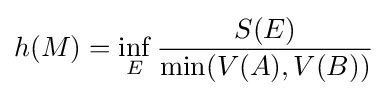
h(M)=\inf _{E}{\frac {S(E)}{\min(V(A),V(B))}}